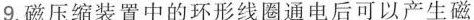
9.磁压缩装置中的环形线圈通电后可以产生磁